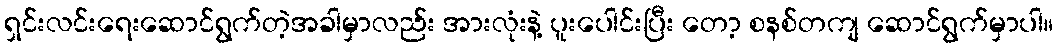
ရှင်းလင်းရေးဆောင်ရွက်တဲ့အခါမှာလည်း အားလုံးနဲ့ ပူးပေါင်းပြီး တော့ စနစ်တကျ ဆောင်ရွက်မှာပါ။